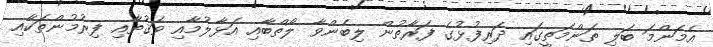
އެމަންމަ ބަލި ތަންމަތީގައި ދަރިފުޅުގެ ފަރާތުން ލިބެންވާ ލޯތްބާއި އަޅާލުމާއި ވަޤުތާއި ފިރުމުންތަކާއި